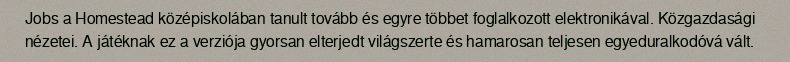
Jobs a Homestead középiskolában tanult tovább és egyre többet foglalkozott elektronikával. Közgazdasági nézetei. A játéknak ez a verziója gyorsan elterjedt világszerte és hamarosan teljesen egyeduralkodóvá vált.